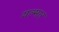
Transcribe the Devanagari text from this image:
यल्मार